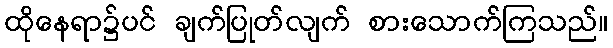
ထိုနေရာ၌ပင် ချက်ပြုတ်လျက် စားသောက်ကြသည်။